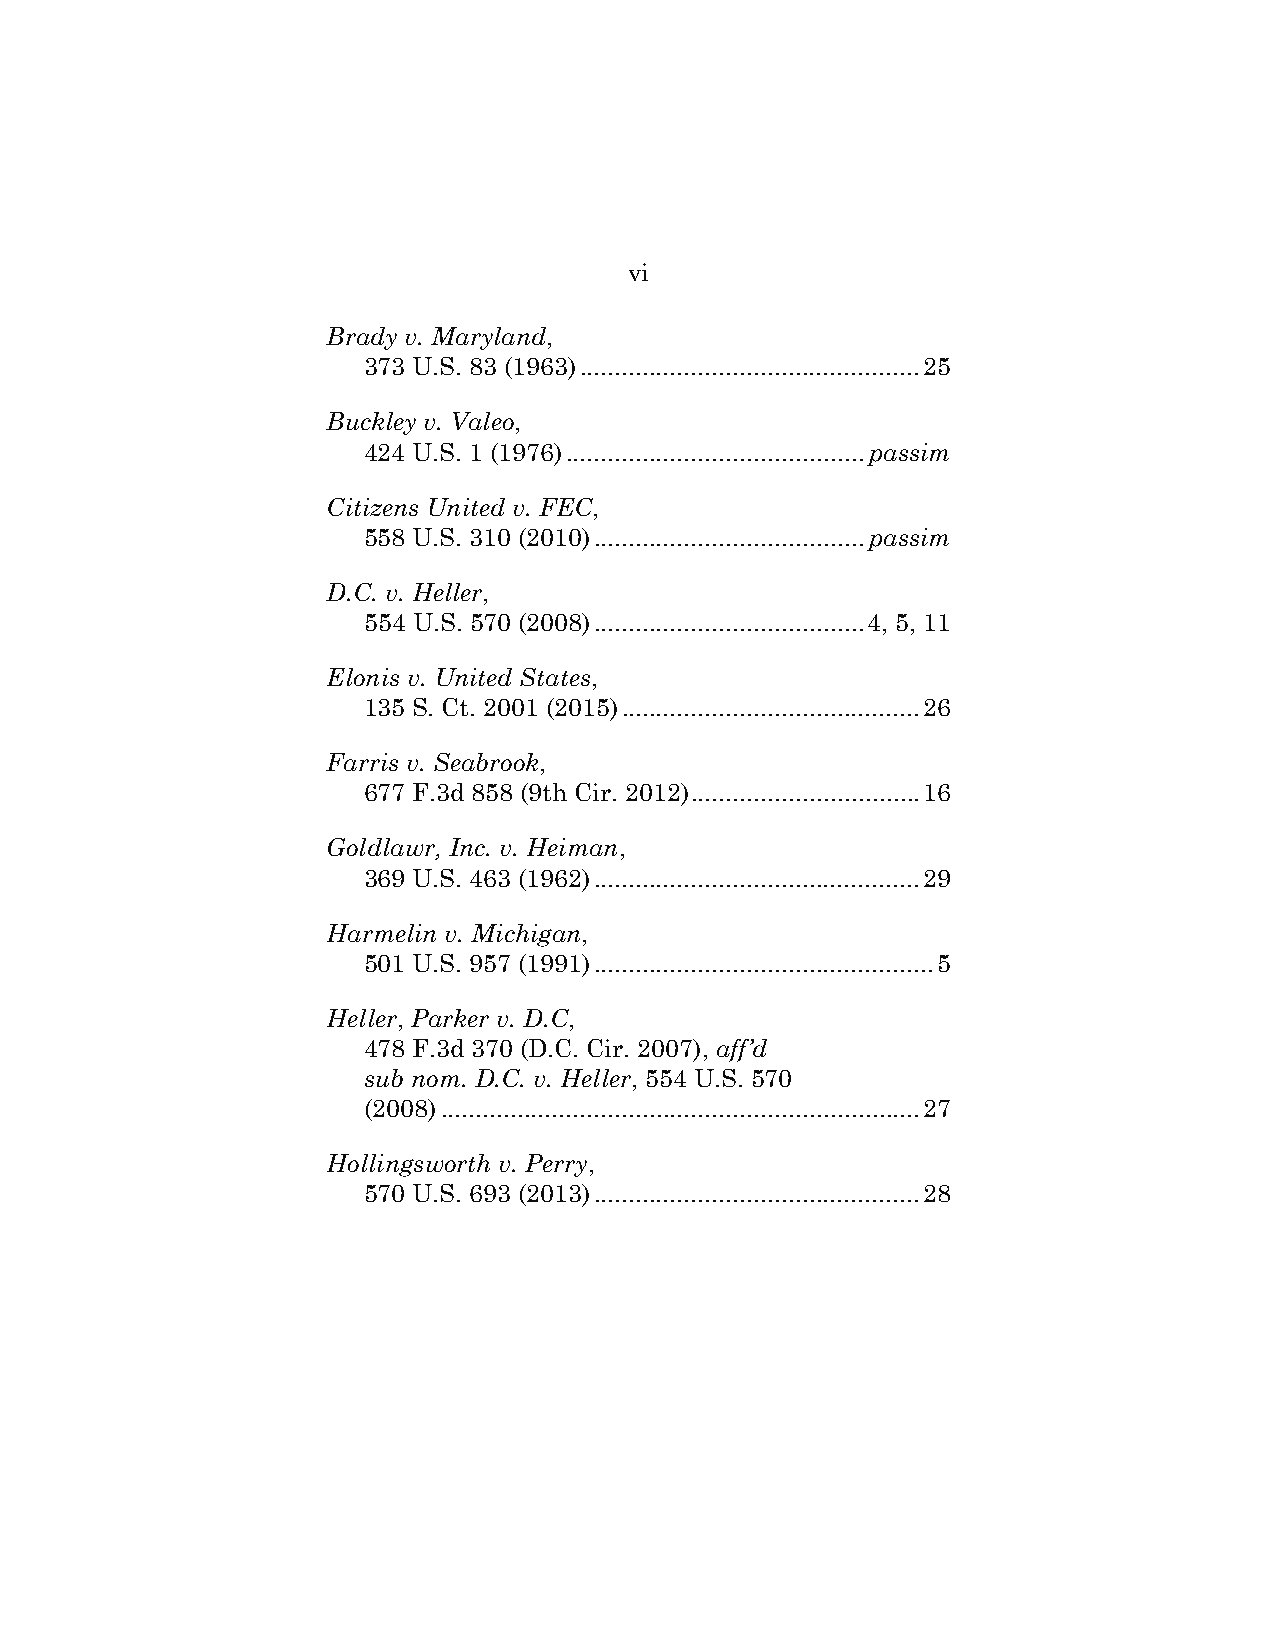
vi
 Brady v. Maryland,
 373 U.S. 83 (1963) ................................................. 25
 Buckley v. Valeo,
 424 U.S. 1 (1976) ........................................... passim
 Citizens United v. FEC,
 558 U.S. 310 (2010) ....................................... passim
 D.C. v. Heller,
 554 U.S. 570 (2008) ....................................... 4, 5, 11
 Elonis v. United States,
 135 S. Ct. 2001 (2015) ........................................... 26
 Farris v. Seabrook,
 677 F.3d 858 (9th Cir. 2012) ................................. 16
 Goldlawr, Inc. v. Heiman,
 369 U.S. 463 (1962) ............................................... 29
 Harmelin v. Michigan,
 501 U.S. 957 (1991) ................................................. 5
 Heller, Parker v. D.C,
 478 F.3d 370 (D.C. Cir. 2007), aff’d
 sub nom. D.C. v. Heller, 554 U.S. 570
 (2008) ..................................................................... 27
 Hollingsworth v. Perry,
 570 U.S. 693 (2013) ............................................... 28